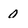
Character: 0